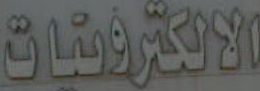
الالكترونيات